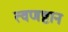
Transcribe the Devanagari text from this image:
त्वणष्टान